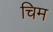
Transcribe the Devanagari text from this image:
चिम